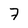
Character: 7